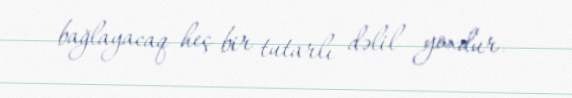
bağlayacaq heç bir tutarlı dəlil yoxdur.